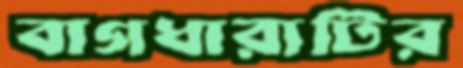
বাগধারাটির